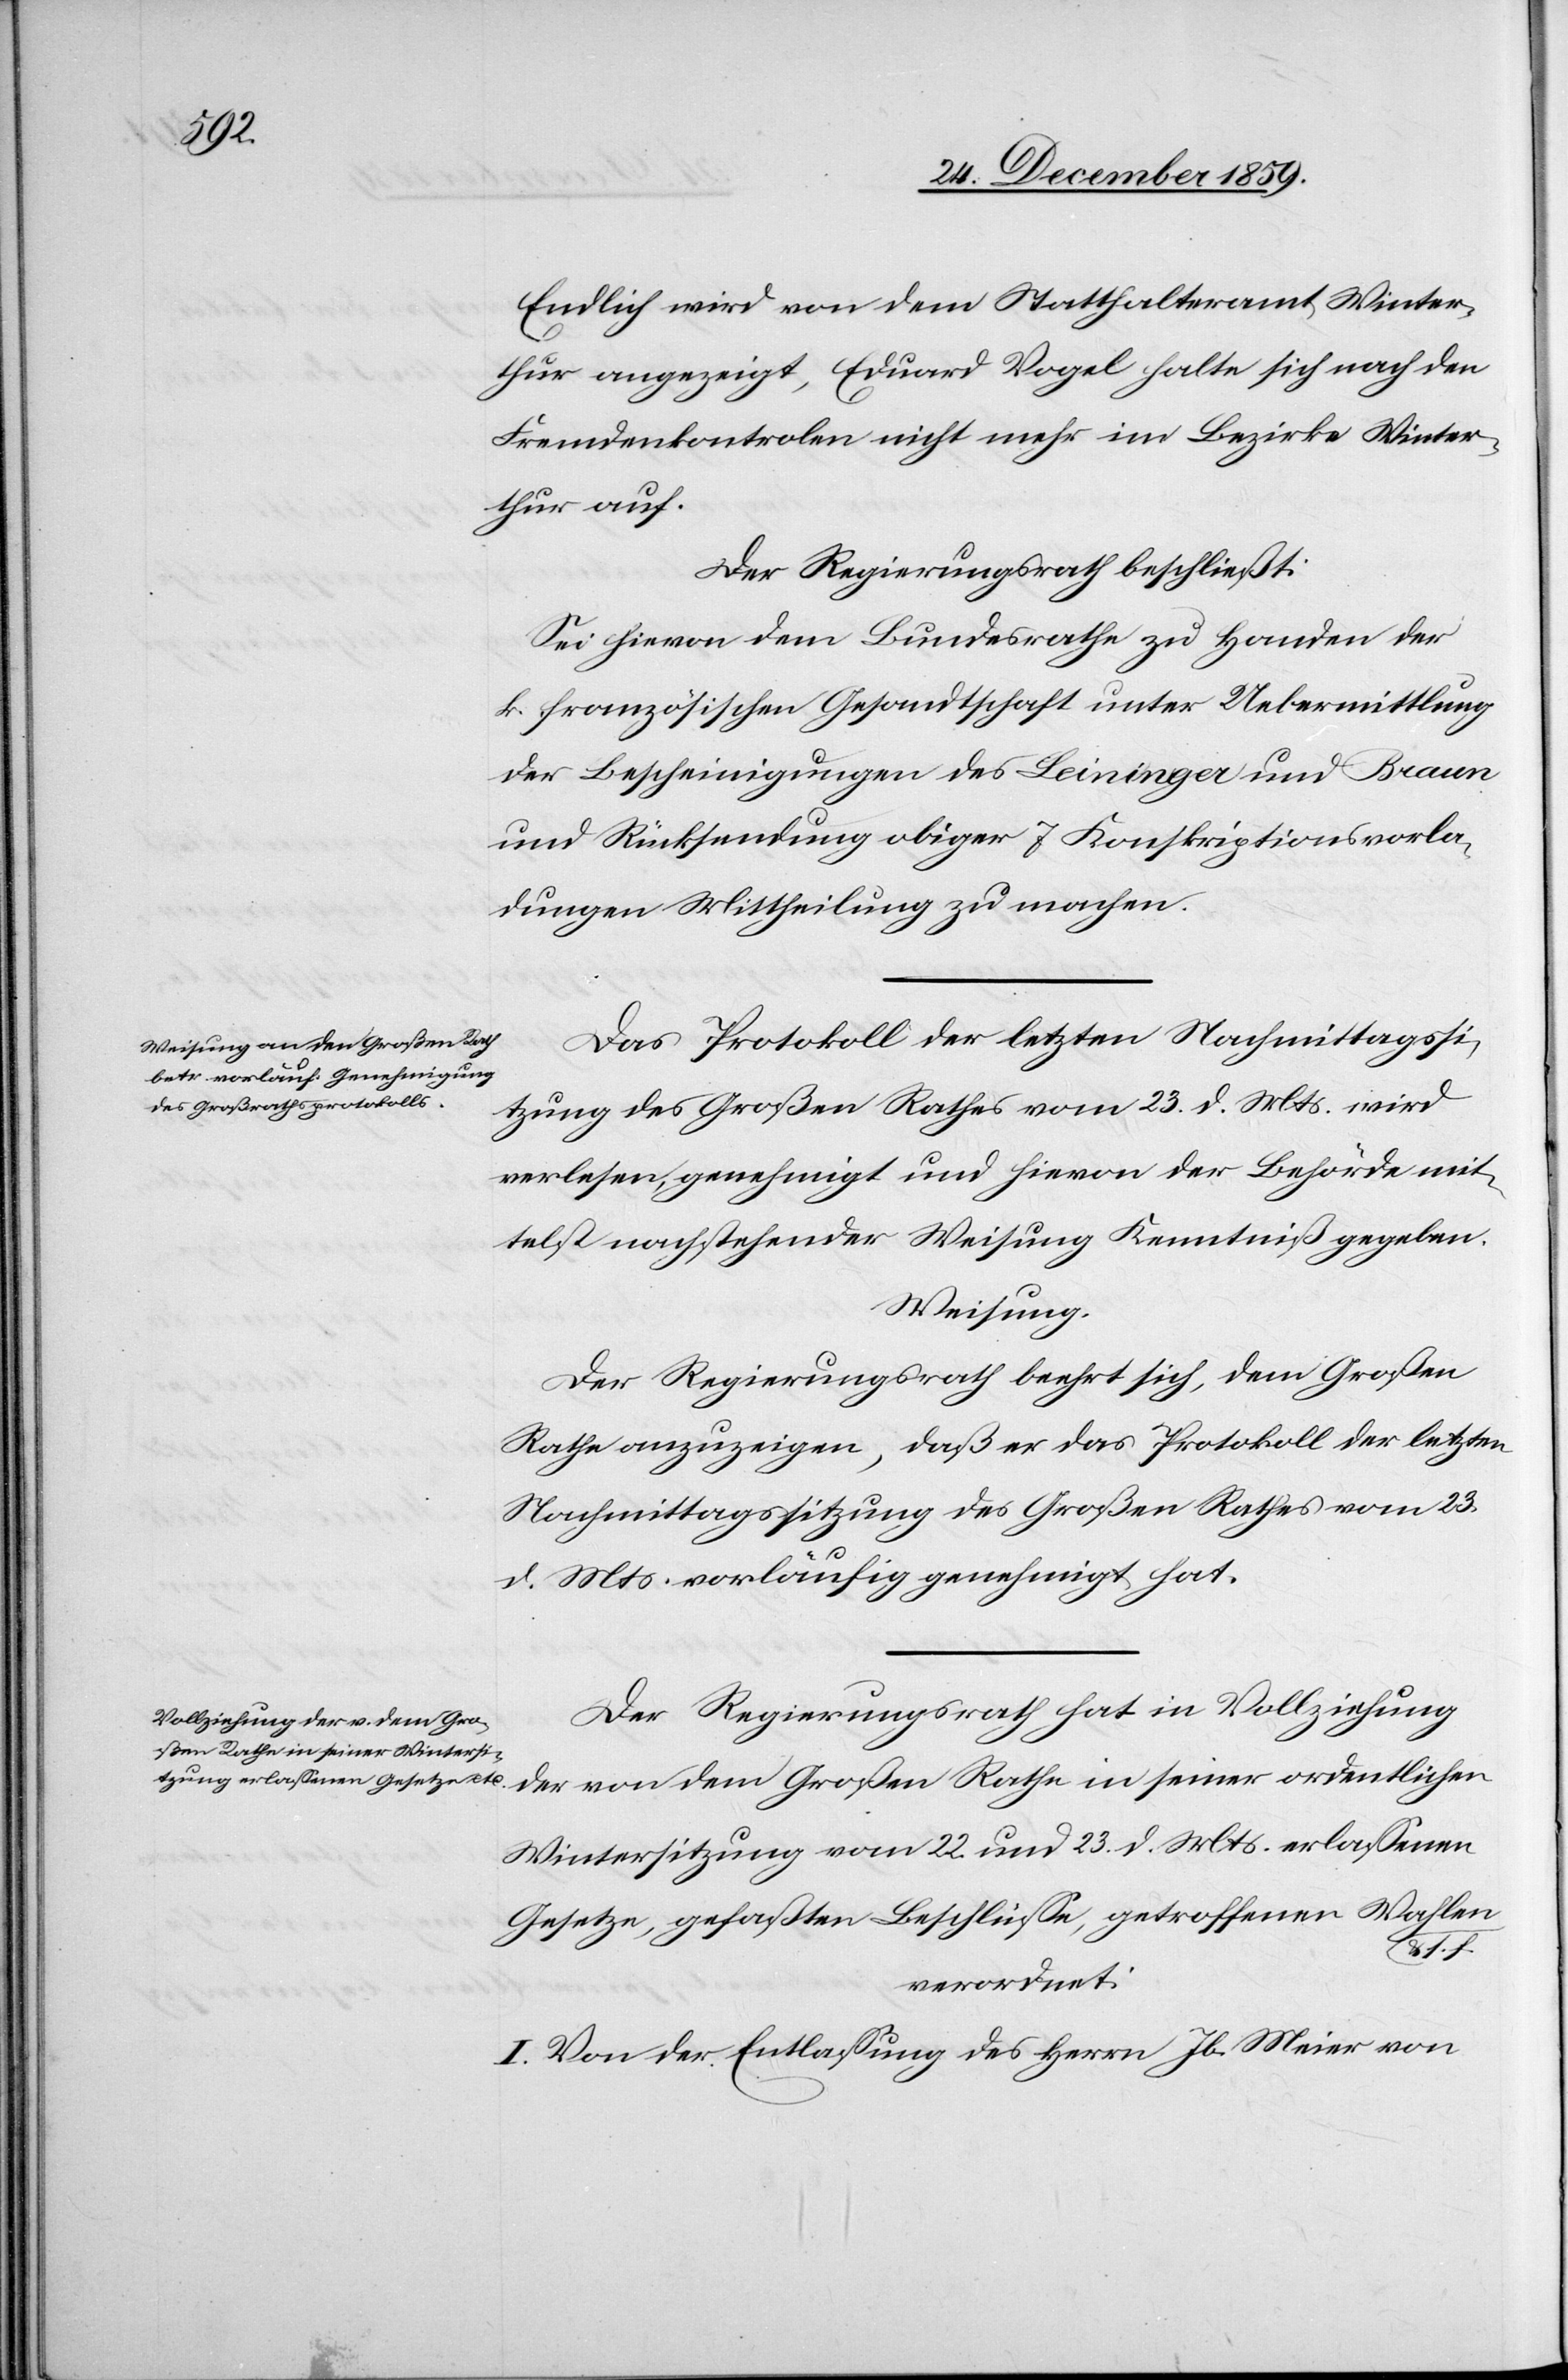
Endlich wird von dem Statthalteramt Winter¬
thur angezeigt, Eduard Vogel halte sich nach den
Fremdenkontrolen nicht mehr im Bezirke Winter¬
thur auf.
Der Regierungsrath beschließt:
Sei hievon dem Bundesrathe zu Handen der
k. französischen Gesandtschaft unter Uebermittlung
der Bescheinigungen des Leininger und Braun
und Rücksendung obiger 7 Konskriptionsvorla¬
dungen Mittheilung zu machen.
Das Protokoll der letzten Nachmittagssi¬
tzung des Großen Rathes vom 23. d. Mts. wird
verlesen, genehmigt und hievon der Behörde mit¬
telst nachstehender Weisung Kenntniß gegeben.
Weisung.
Der Regierungsrath beehrt sich, dem Großen
Rathe anzuzeigen, daß er das Protokoll der letzten
Nachmittagssitzung des Großen Rathes vom 23.
d. Mts. vorläufig genehmigt hat.
Der Regierungsrath hat in Vollziehung
Wintersitzung vom 22. und 23. d. Mts. erlassenen
Gesetze, gefaßten Beschlüsse, getroffenen Wahlen
s.
verordnet:
I. Von der Entlassung des Herrn Jb. Meier von